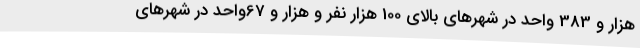
هزار و 383 واحد در شهرهای بالای 100 هزار نفر و هزار و 67واحد در شهرهای